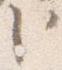
臣